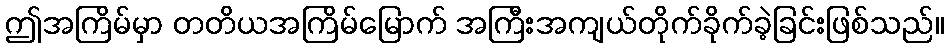
ဤအကြိမ်မှာ တတိယအကြိမ်မြောက် အကြီးအကျယ်တိုက်ခိုက်ခဲ့ခြင်းဖြစ်သည်။